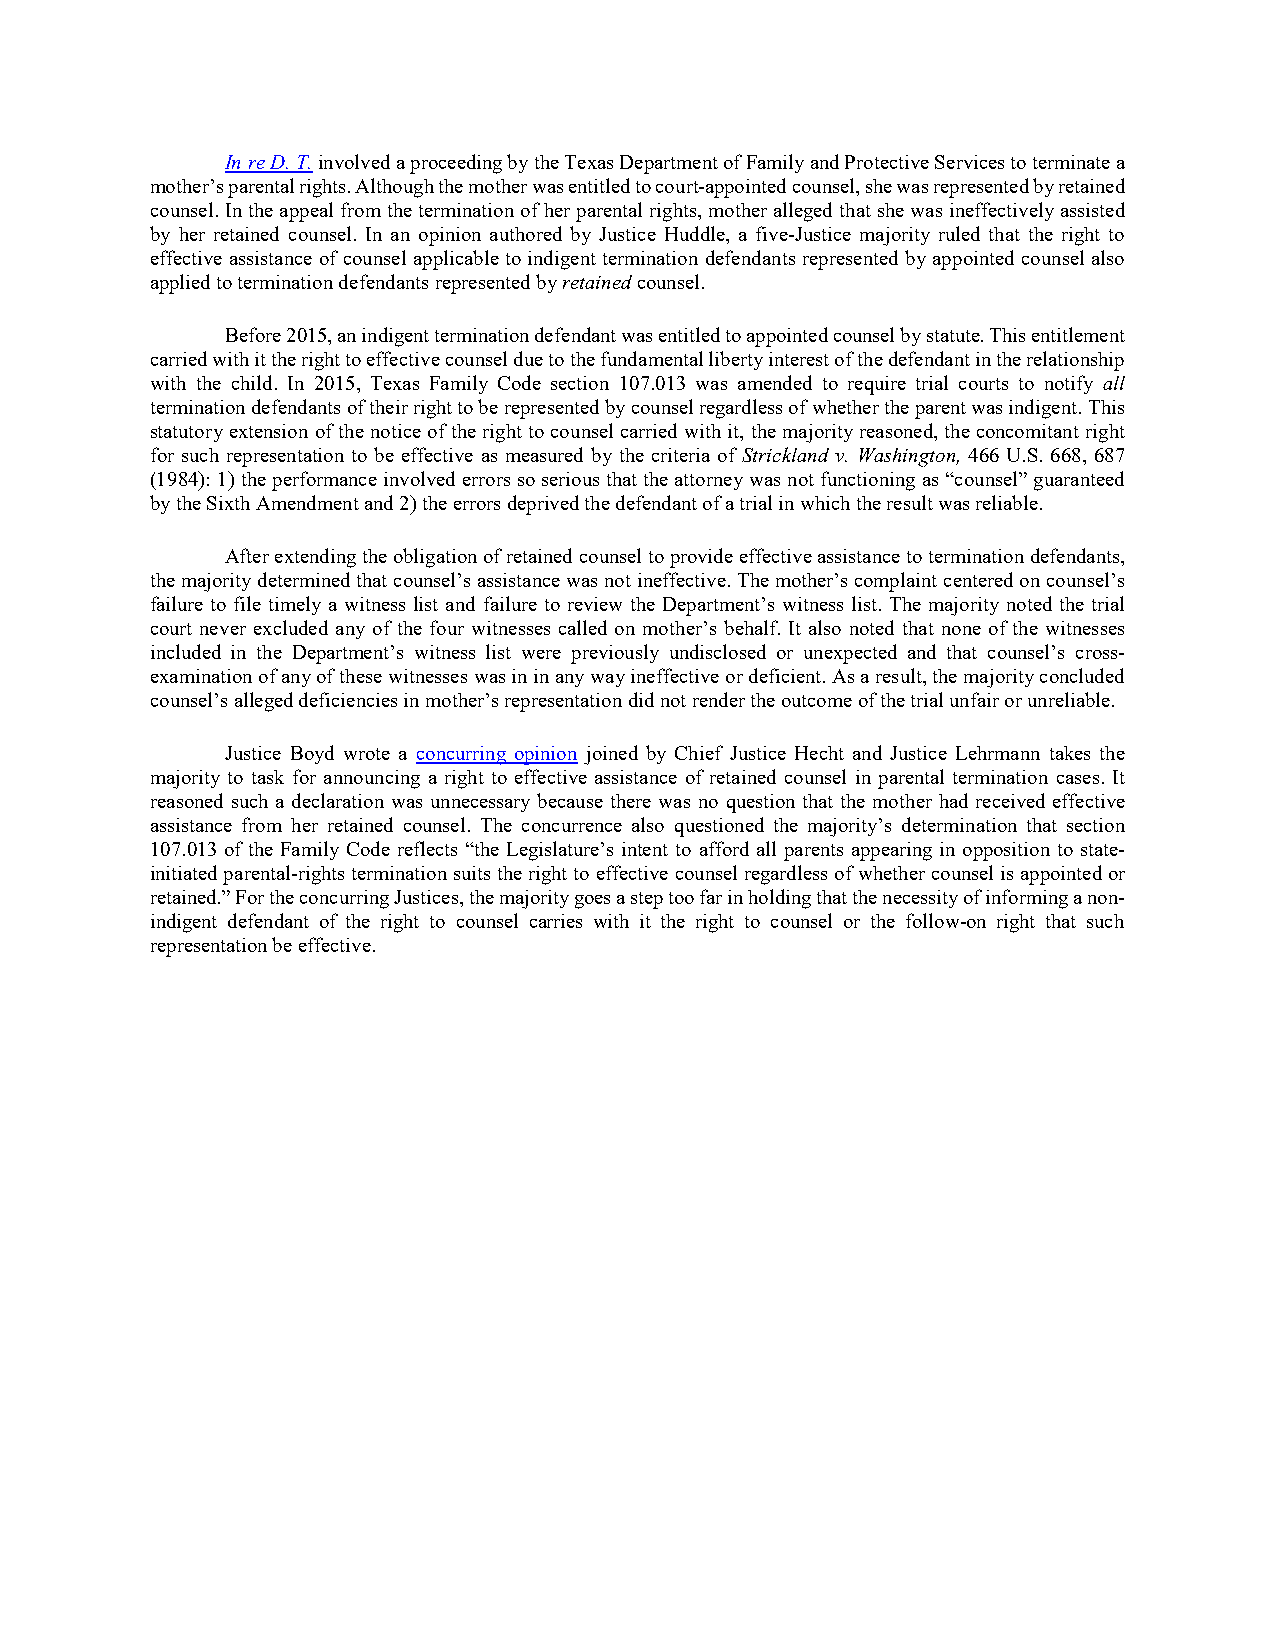
In re D. T. involved a proceeding by the Texas Department of Family and Protective Services to terminate a
 mother’s parental rights. Although the mother was entitled to court-appointed counsel, she was represented by retained
 counsel. In the appeal from the termination of her parental rights, mother alleged that she was ineffectively assisted
 by her retained counsel. In an opinion authored by Justice Huddle, a five-Justice majority ruled that the right to
 effective assistance of counsel applicable to indigent termination defendants represented by appointed counsel also
 applied to termination defendants represented by retained counsel.
 Before 2015, an indigent termination defendant was entitled to appointed counsel by statute. This entitlement
 carried with it the right to effective counsel due to the fundamental liberty interest of the defendant in the relationship
 with the child. In 2015, Texas Family Code section 107.013 was amended to require trial courts to notify all
 termination defendants of their right to be represented by counsel regardless of whether the parent was indigent. This
 statutory extension of the notice of the right to counsel carried with it, the majority reasoned, the concomitant right
 for such representation to be effective as measured by the criteria of Strickland v. Washington, 466 U.S. 668, 687
 (1984): 1) the performance involved errors so serious that the attorney was not functioning as “counsel” guaranteed
 by the Sixth Amendment and 2) the errors deprived the defendant of a trial in which the result was reliable.
 After extending the obligation of retained counsel to provide effective assistance to termination defendants,
 the majority determined that counsel’s assistance was not ineffective. The mother’s complaint centered on counsel’s
 failure to file timely a witness list and failure to review the Department’s witness list. The majority noted the trial
 court never excluded any of the four witnesses called on mother’s behalf. It also noted that none of the witnesses
 included in the Department’s witness list were previously undisclosed or unexpected and that counsel’s cross-
 examination of any of these witnesses was in in any way ineffective or deficient. As a result, the majority concluded
 counsel’s alleged deficiencies in mother’s representation did not render the outcome of the trial unfair or unreliable.
 Justice Boyd wrote a concurring opinion joined by Chief Justice Hecht and Justice Lehrmann takes the
 majority to task for announcing a right to effective assistance of retained counsel in parental termination cases. It
 reasoned such a declaration was unnecessary because there was no question that the mother had received effective
 assistance from her retained counsel. The concurrence also questioned the majority’s determination that section
 107.013 of the Family Code reflects “the Legislature’s intent to afford all parents appearing in opposition to state-
 initiated parental-rights termination suits the right to effective counsel regardless of whether counsel is appointed or
 retained.” For the concurring Justices, the majority goes a step too far in holding that the necessity of informing a non-
 indigent defendant of the right to counsel carries with it the right to counsel or the follow-on right that such
 representation be effective.